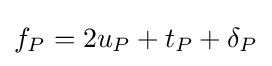
f_{P}=2u_{P}+t_{P}+\delta _{P}